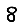
Digit: 8